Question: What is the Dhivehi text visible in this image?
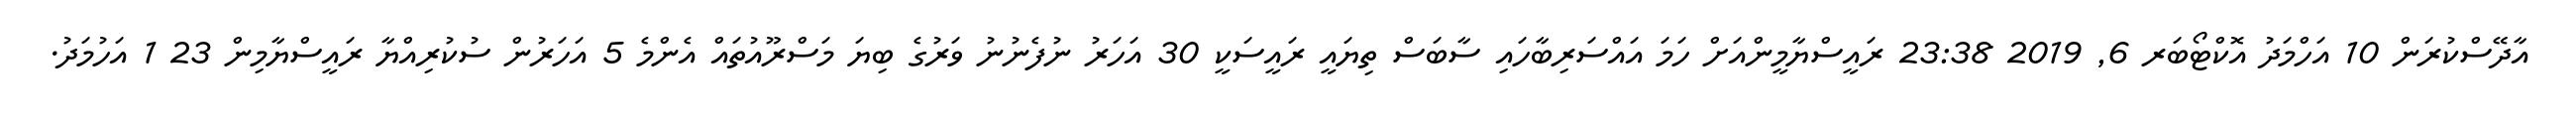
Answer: އާދޭސްކުރަން 10 އަހްމަދު އޮކްޓޯބަރ 6, 2019 23:38 ރައީސްޔާމީންއަށް ހަމަ އައްސަރިބާހައި ސާބަސް ތިޔައީ ރައީސަކީ 30 އަހަރު ނުފެނުނު ވަރުގެ ބިޔަ މަސްރޫއުތައް އެންމެ 5 އަހަރުން ސުކުރިއްޔާ ރައީސްޔާމިން 23 1 އަހުމަދު.